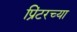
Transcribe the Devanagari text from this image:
प्रिंटरच्या